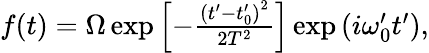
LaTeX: \begin{array}{r}{f(t)=\Omega\exp\left[-\frac{\left(t^{\prime}-t_{0}^{\prime}\right)^{2}}{2T^{2}}\right]\exp\left(i\omega_{0}^{\prime}t^{\prime}\right),}\end{array}